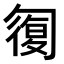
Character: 𠣾